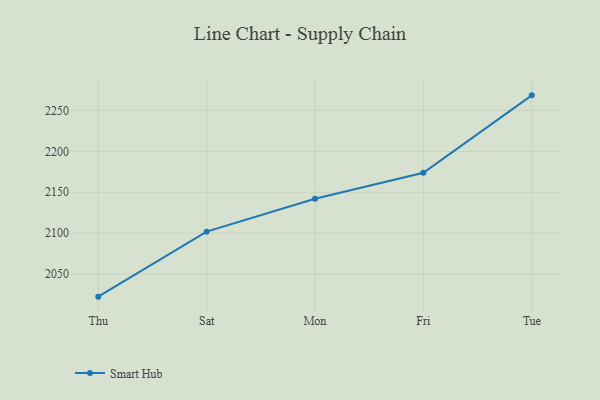
{"axis": {"x": "Day", "y": "Gross Profit (USD K)"}, "legend": ["Smart Hub"], "data": [{"x": "Thu", "y": 2022.5, "type": "Smart Hub"}, {"x": "Sat", "y": 2101.9, "type": "Smart Hub"}, {"x": "Mon", "y": 2142.1, "type": "Smart Hub"}, {"x": "Fri", "y": 2173.8, "type": "Smart Hub"}, {"x": "Tue", "y": 2268.4, "type": "Smart Hub"}]}